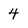
Character: 4